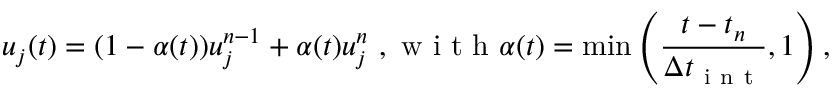
u _ { j } ( t ) = ( 1 - \alpha ( t ) ) u _ { j } ^ { n - 1 } + \alpha ( t ) u _ { j } ^ { n } \mathrm { ~ , ~ w ~ i ~ t ~ h ~ } \alpha ( t ) = \operatorname* { m i n } \left( \frac { t - t _ { n } } { \Delta t _ { \mathrm { ~ i ~ n ~ t ~ } } } , 1 \right) ,